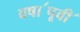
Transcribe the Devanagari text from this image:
वषा॔पूवी॔